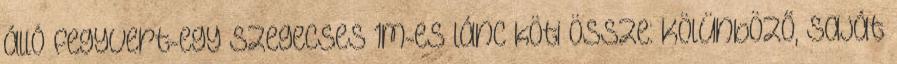
álló fegyvert-egy szegecses 1m-es lánc köti össze. Kölünböző, saját